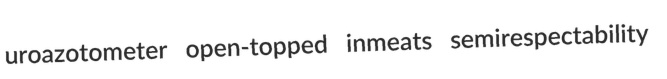
uroazotometer open-topped inmeats semirespectability